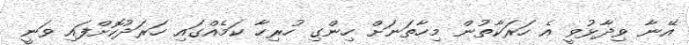
އޭނާ ވިދާޅުވީ އެ ހަރަކާތުން މިހާތަނަށް ހިންގި ހުރިހާ ކަމެއްގައި ހަރަދުކޮށްފައި ވަނީ